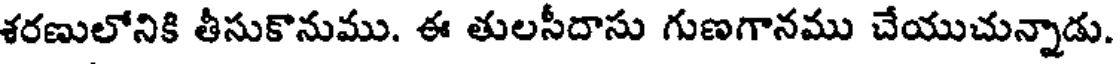
శరణులోనికి తీసుకొనుము. ఈ తులసీదాసు గుణగానము చేయుచున్నాడు.